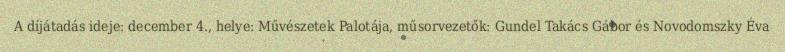
A díjátadás ideje: december 4., helye: Művészetek Palotája, műsorvezetők: Gundel Takács Gábor és Novodomszky Éva